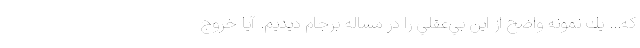
كه... يك نمونه واضح از اين بي‌عقلي را در مساله برجام ديديم. آيا خروج